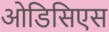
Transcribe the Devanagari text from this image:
ओडिसिएस